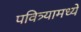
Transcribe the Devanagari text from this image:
पवित्र्यामध्ये